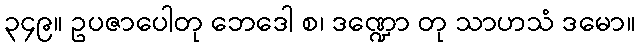
၃၄၉။ ဥပဇာပေါတု ဘေဒေါ စ၊ ဒဏ္ဍော တု သာဟသံ ဒမော။